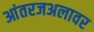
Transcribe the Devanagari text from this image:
आंतरजअलावर